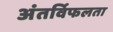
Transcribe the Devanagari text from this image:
अंतर्विफलता